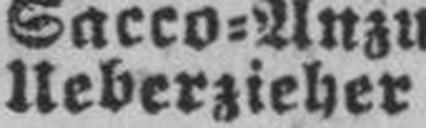
Ueberzieher